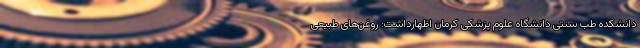
دانشکده طب سنتی دانشگاه علوم پزشکی کرمان اظهارداشت: روغن‌های طبیعی